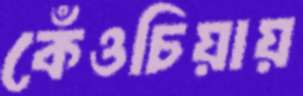
কেঁওচিয়ায়